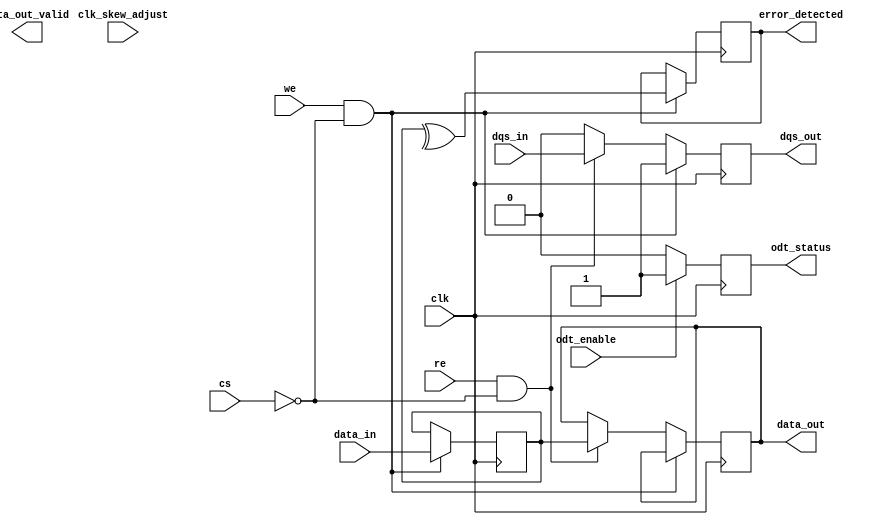
module gddr5_io_block (
    input wire clk,                // Clock input
    input wire clk_skew_adjust,    // Clock skew adjustment signal
    input wire [31:0] data_in,     // Data input (32 bits)
    output reg [31:0] data_out,     // Data output (32 bits)
    input wire dqs_in,             // DQS input for read operations
    output reg dqs_out,            // DQS output for write operations
    input wire cs,                 // Chip Select
    input wire we,                 // Write Enable
    input wire re,                 // Read Enable
    output reg [31:0] data_out_valid, // Valid data output
    output reg error_detected,     // Error detection signal
    input wire odt_enable,         // On-die termination enable
    output reg odt_status          // On-die termination status
);

    // Internal signals
    reg [31:0] data_buffer;        // Buffer for data
    reg dqs_buffer;                // Buffer for DQS
    reg [31:0] error_correction;   // Error correction code (ECC)

    // Bidirectional data handling
    always @(posedge clk) begin
        if (we && !cs) begin
            // Write operation
            data_buffer <= data_in; // Store incoming data
            dqs_out <= 1'b1;        // Assert DQS for write
        end else if (re && !cs) begin
            // Read operation
            data_out <= data_buffer; // Output stored data
            dqs_out <= dqs_in;       // Sample DQS for read
        end else begin
            dqs_out <= 1'b0;          // Deassert DQS
        end
    end

    // Error detection and correction
    always @(posedge clk) begin
        if (we && !cs) begin
            // Simple parity check for error detection
            error_correction = ^data_buffer; // Compute parity
            error_detected = (error_correction != 1'b0); // Check for error
        end
    end

    // On-die termination control
    always @(posedge clk) begin
        if (odt_enable) begin
            odt_status <= 1'b1; // Enable ODT
        end else begin
            odt_status <= 1'b0; // Disable ODT
        end
    end

    // Clock skew adjustment (simplified)
    always @(posedge clk) begin
        if (clk_skew_adjust) begin
            // Implement clock skew adjustment logic here
        end
    end

endmodule